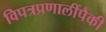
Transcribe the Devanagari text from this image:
विपत्रप्रणालींपैकी